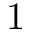
1